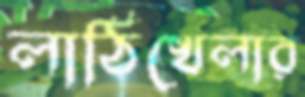
লাঠিখেলার